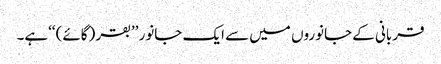
قربانی کے جانوروں میں سے ایک جانور ’’بقر (گائے) ‘‘ہے۔